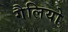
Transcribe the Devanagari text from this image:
गैलियो